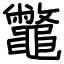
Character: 鼈